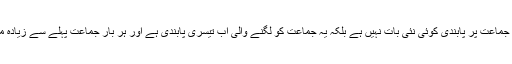
ویسے بھی تاریخ بتاتی ہے کہ جماعت پر پابندی کوئی نئی بات نہیں ہے بلکہ یہ جماعت کو لگنے والی اب تیسری پابندی ہے اور ہر بار جماعت پہلے سے زیادہ مضبوط بن کر سامنے آئی ہے ۔